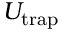
U _ { \mathrm { t r a p } }